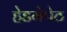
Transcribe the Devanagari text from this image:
हेडगेपेठ